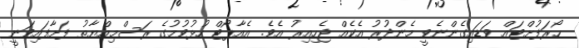
ހޯރަފުށްޓައް ވަޑައިގެންނެވީ މެންދުރު އެކެއް ޖެހިއިރު އެވެ. އެއާޕޯޓް ހުޅުވުމުގެ ރަސްމިއްޔާތު ފަށާފައިވަނީ